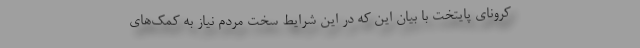
کرونای پایتخت با بیان این که در این شرایط سخت مردم نیاز به کمک‌های